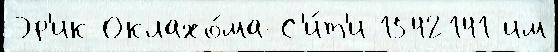
Эр'ик Оклахо́ма-С'и́т'и 1542141 им